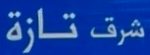
شرق تازة